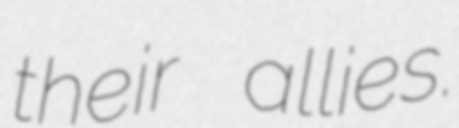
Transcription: their allies.